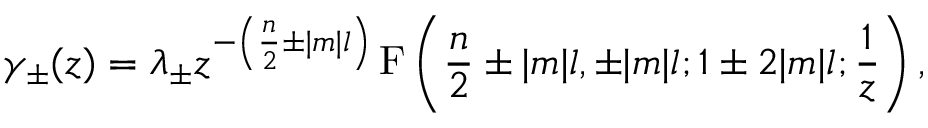
\gamma _ { \pm } ( z ) = \lambda _ { \pm } z ^ { - \left( \frac { n } 2 \pm | m | l \right) } \, \mathrm { F } \left( \frac { n } 2 \pm | m | l , \pm | m | l ; 1 \pm 2 | m | l ; \frac 1 z \right) ,